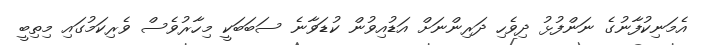
އެމަނިކުފާނުގެ ނަންފުޅު ދިވެހި ދަރިންނަށް އަޑުއިވުން ކުޑަވާނެ ސަބަބަކީ މިހާރުވެސް ވެރިކަމުގައި މިތިބީ